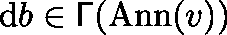
\mathrm { d } b \in \mathsf { \Gamma } ( \mathrm { A n n } ( v ) )